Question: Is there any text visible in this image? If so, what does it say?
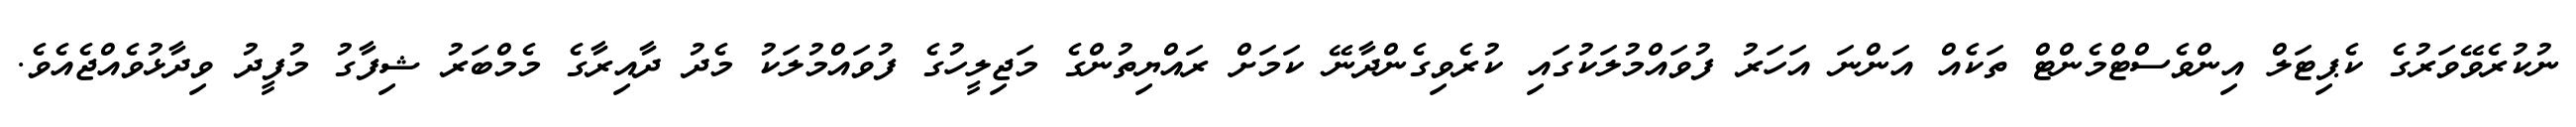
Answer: ނުކުރެވޭވަރުގެ ކެޕިޓަލް އިންވެސްޓްމެންޓް ތަކެއް އަންނަ އަހަރު ފުވައްމުލަކުގައި ކުރެވިގެންދާނޭ ކަމަށް ރައްޔިތުންގެ މަޖިލީހުގެ ފުވައްމުލަކު މެދު ދާއިރާގެ މެމްބަރު ޝިފާގު މުފީދު ވިދާޅުވެއްޖެއެވެ.